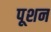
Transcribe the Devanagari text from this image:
पूशन